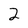
Character: 2